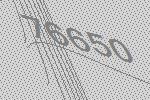
76650